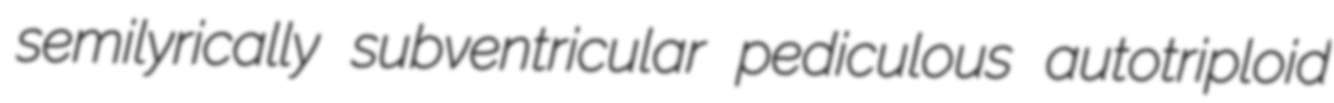
semilyrically subventricular pediculous autotriploid